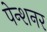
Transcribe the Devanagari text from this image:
पेन्शनर